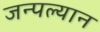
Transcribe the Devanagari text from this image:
जन्पल्यान